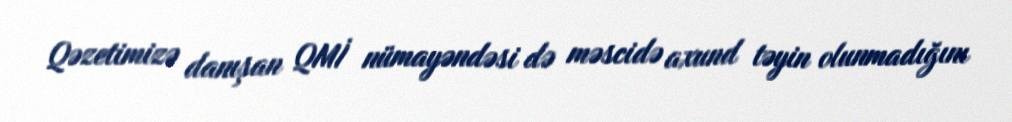
Qəzetimizə danışan QMİ nümayəndəsi də məscidə axund təyin olunmadığını